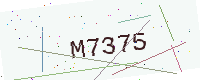
Text: M7375